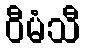
ဝီမံသီ